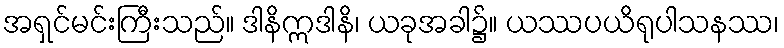
အရှင်မင်းကြီးသည်။ ဒါနိဣဒါနိ၊ ယခုအခါ၌။ ယဿပယိရုပါသနဿ၊